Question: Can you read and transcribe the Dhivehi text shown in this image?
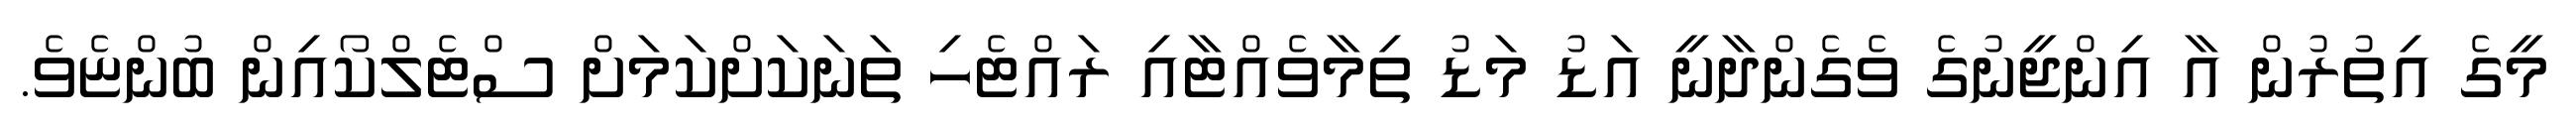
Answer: މީގެ އިތުރުން އާ އިންޖީނުގެ ވެގެންދާނީ އަޑު މަޑު ތިމާވެއްޓާއި ރައްޓެހި ތަނަކަށްކަމަށް ސްޓެލްކޯއިން ބުންޏެވެ.